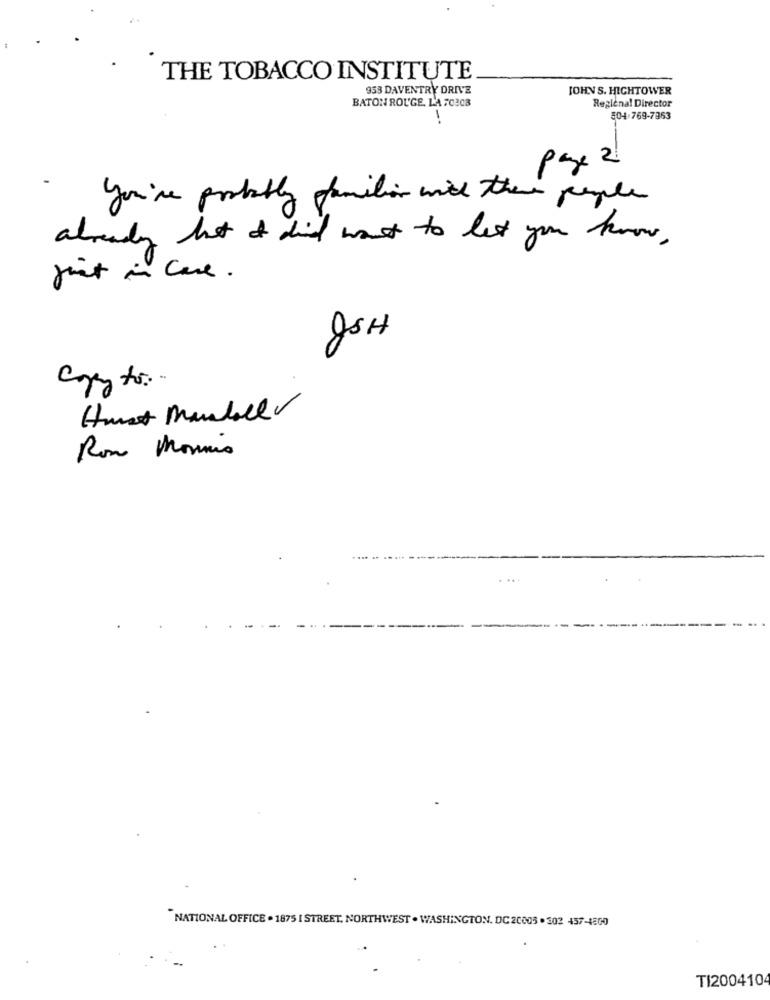
THE TOBACCO INSTITUTE
953 DAVENTRY DRIVE
JOHN S. HIGHTOWER
BATON ROUGE, LA 70208
Regional Director
504.769-7363
page 2
You're probably familiar with theme people
already that it did want to let you know ,
just in Case.
QSH
Hust Mandel
Ron Moris
....
NATIONAL OFFICE . 1875 I STREET, NORTHWEST . WASHINGTON, DC 20005 . 302 457-4800
TI200410